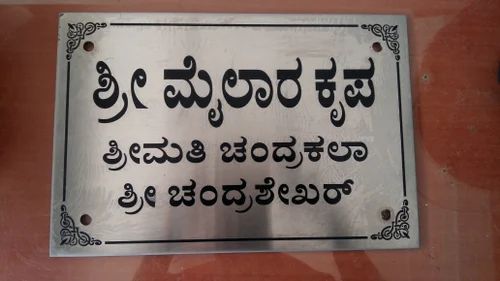
Language: kannada
Transcription: ಶ್ರೀಮೈಲಾರಕೃಪ ಶ್ರೀಮತಿ ಚಂದ್ರಕಲಾ ಶ್ರೀ ಚಂದ್ರಶೇಖರ್